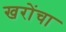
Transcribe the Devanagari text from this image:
खरोंचा